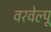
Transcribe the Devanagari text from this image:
वरवेल्पू